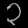
Digit: ၃